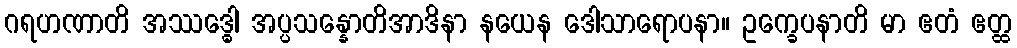
ဂရဟဏာတိ အဿဒ္ဓေါ အပ္ပသန္နောတိအာဒိနာ နယေန ဒေါသာရောပနာ။ ဥက္ခေပနာတိ မာ ဧတံ ဧတ္ထ